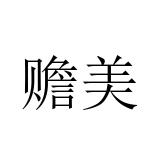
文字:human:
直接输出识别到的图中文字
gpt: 赡美